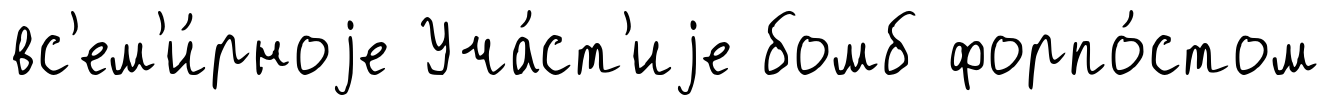
вс'ем'и́рноjе Уча́ст'иjе бомб форпо́стом